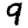
Digit: 9